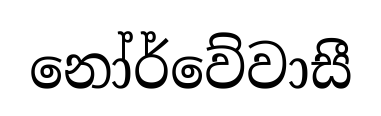
නෝර්වේවාසී